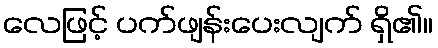
လေဖြင့် ပက်ဖျန်းပေးလျက် ရှိ၏။